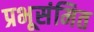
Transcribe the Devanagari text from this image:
प्रभूसंमित